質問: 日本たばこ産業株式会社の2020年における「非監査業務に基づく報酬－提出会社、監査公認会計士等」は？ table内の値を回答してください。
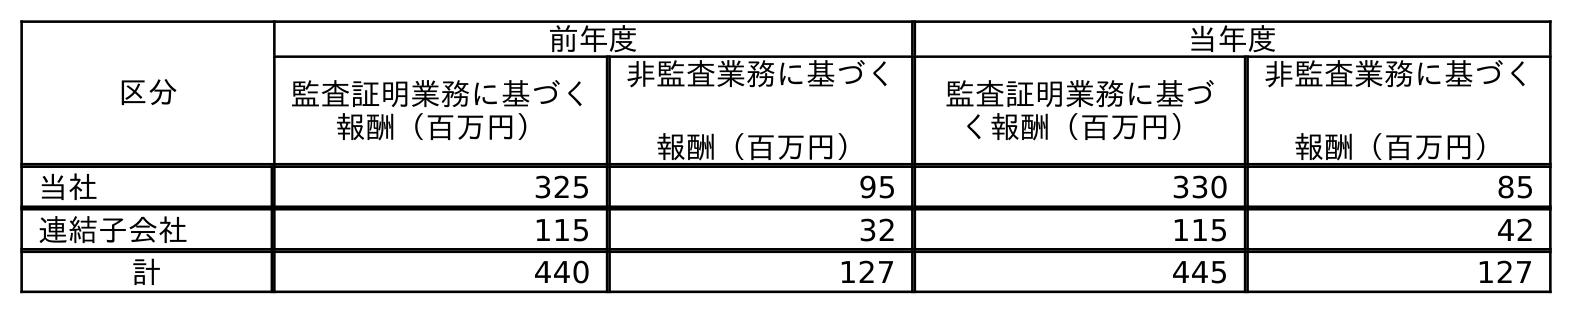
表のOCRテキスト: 区分 前年度 当年度 監査証明業務に基づく 報酬（百万円） 非監査業務に基づく 報酬（百万円） 監査証明業務に基づ く報酬（百万円） 非監査業務に基づく 報酬（百万円） 当社 325 95 330 85 連結子会社 115 32 115 42 計 440 127 445 127
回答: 85